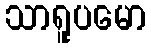
သာရူပမော